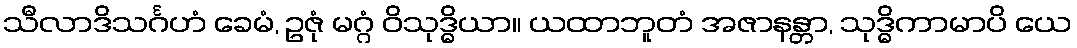
သီလာဒိသင်္ဂဟံ ခေမံ, ဥဇုံ မဂ္ဂံ ဝိသုဒ္ဓိယာ။ ယထာဘူတံ အဇာနန္တာ, သုဒ္ဓိကာမာပိ ယေ